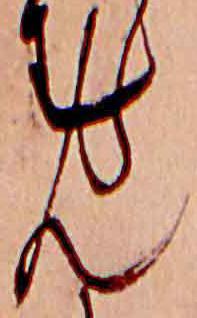
ん